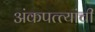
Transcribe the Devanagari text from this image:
अंकपत्त्यांची